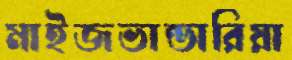
মাইজভান্ডারিয়া